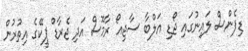
ޑިފެންސް ލައިނުގައި ޖޯޑި އަލްބާ ސާޖިއޯ ރާމޮސް އަދި ޖެރާޑް ޕީކޭގެ އިތުރުން